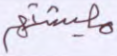
معيشتهم